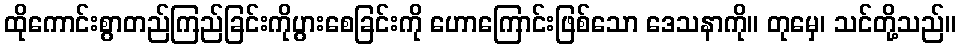
ထိုကောင်းစွာတည်ကြည်ခြင်းကိုပွားစေခြင်းကို ဟောကြောင်းဖြစ်သော ဒေသနာကို။ တုမှေ၊ သင်တို့သည်။